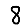
Digit: 8